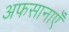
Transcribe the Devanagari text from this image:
अफसानाएँ